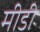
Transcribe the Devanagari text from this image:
मीडी